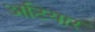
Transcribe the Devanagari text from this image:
अटियार